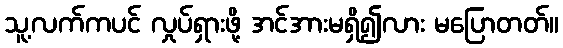
သူ့လက်ကပင် လှုပ်ရှားဖို့ အင်အားမရှိ၍လား မပြောတတ်။